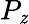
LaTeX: P_{\mathit{z}}